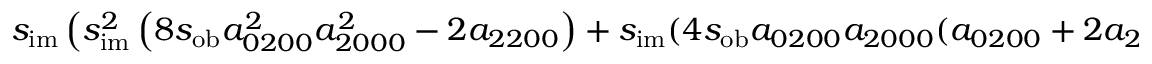
s _ { \mathrm { i m } } \left( s _ { \mathrm { i m } } ^ { 2 } \left( 8 s _ { \mathrm { o b } } a _ { 0 2 0 0 } ^ { 2 } a _ { 2 0 0 0 } ^ { 2 } - 2 a _ { 2 2 0 0 } \right) + s _ { \mathrm { i m } } ( 4 s _ { \mathrm { o b } } a _ { 0 2 0 0 } a _ { 2 0 0 0 } ( a _ { 0 2 0 0 } + 2 a _ { 2 0 0 0 } ) + a _ { 1 2 1 0 } + 2 a _ { 2 1 0 1 } ) + 2 s _ { \mathrm { o b } } a _ { 2 0 0 0 } ( 2 a _ { 0 2 0 0 } + a _ { 2 0 0 0 } ) - 2 a _ { 2 0 0 2 } \right) + s _ { \mathrm { o b } } a _ { 2 0 0 0 }